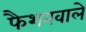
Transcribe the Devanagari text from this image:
फैशनवाले